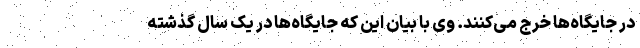
در جایگاه‌ها خرج می‌کنند. وی با بیان این که جایگاه‌ها در یک سال گذشته